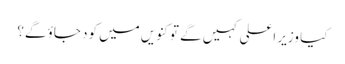
کیا وزیر اعلی کہیں گے تو کنویں میں کود جاؤ گے؟